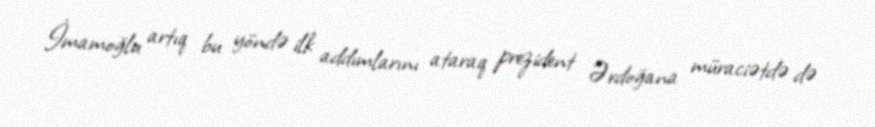
İmamoğlu artıq bu yöndə ilk addımlarını ataraq prezident Ərdoğana müraciətdə də